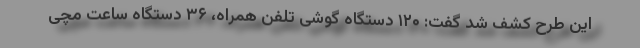
این طرح کشف شد گفت: ۱۲۰ دستگاه گوشی تلفن همراه، ۳۶ دستگاه ساعت مچی